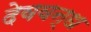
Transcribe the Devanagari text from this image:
देववन्ध